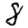
Digit: 8